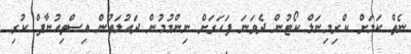
ނެތް ކަމަށް ކްރިމިނަލް ކޯޓުން ދެވަނަ ފަހަރަށް ނިންމުމުން ދައުލަތުން އިސްތިއުނާފް ކުރި